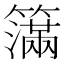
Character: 𥵥